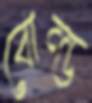
বোল্ড